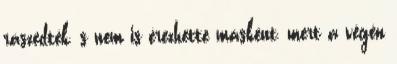
rászedték, s nem is érezhette másként, mert a végén